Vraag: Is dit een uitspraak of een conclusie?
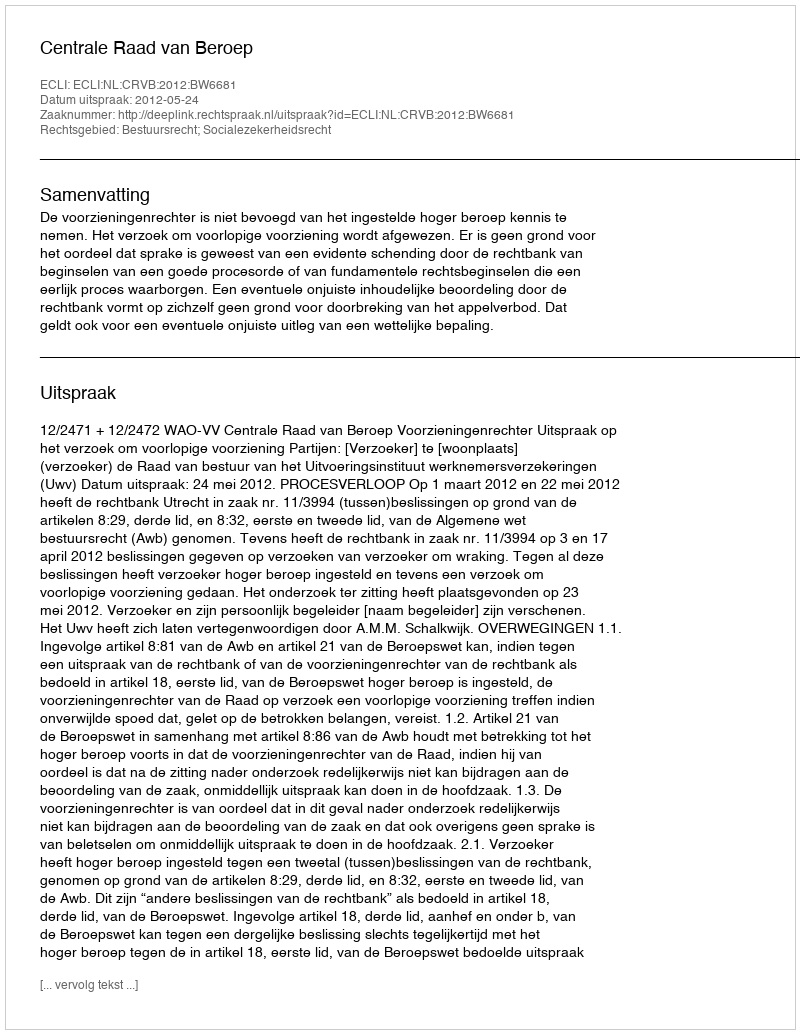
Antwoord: Uitspraak